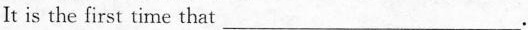
It is the first time that\underline.